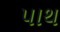
પાથ